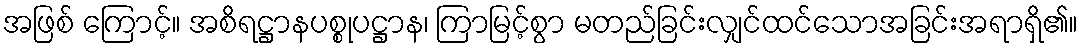
အဖြစ် ကြောင့်။ အစိရဋ္ဌာနပစ္စုပဋ္ဌာန၊ ကြာမြင့်စွာ မတည်ခြင်းလျှင်ထင်သောအခြင်းအရာရှိ၏။